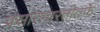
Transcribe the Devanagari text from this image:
प्रसारभारतीतर्फे